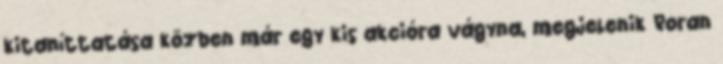
kitaníttatása közben már egy kis akcióra vágyna, megjelenik Roran